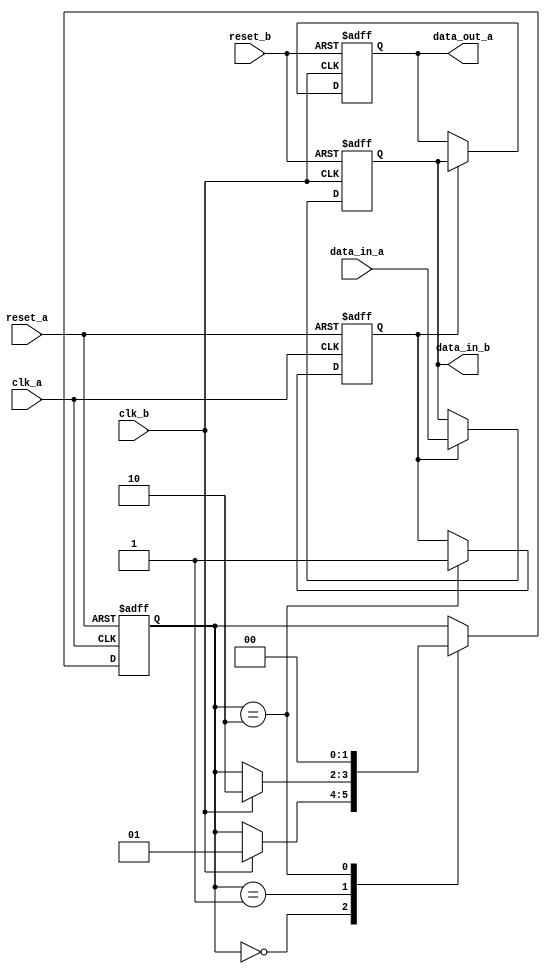
module Synchronizer (
    input wire clk_a,
    input wire reset_a,
    input wire data_in_a,
    output reg data_out_a,
    input wire clk_b,
    input wire reset_b,
    output reg data_in_b
);

reg synchronized;
reg [1:0] state;

always @(posedge clk_a or posedge reset_a) begin
    if (reset_a) begin
        synchronized <= 0;
        state <= 2'b00;
    end else begin
        case (state)
            2'b00: begin // Idle state
                if (clk_b) begin
                    state <= 2'b01;
                end
            end
            2'b01: begin // Validating synchronization
                if (clk_b) begin
                    state <= 2'b10;
                end
            end
            2'b10: begin // Synchronized state
                synchronized <= 1;
                state <= 2'b00;
            end
        endcase
    end
end

always @(posedge clk_b or posedge reset_b) begin
    if (reset_b) begin
        data_out_a <= 0;
    end else begin
        if (synchronized) begin
            data_out_a <= data_in_b;
        end
    end
end

always @(posedge clk_b or posedge reset_b) begin
    if (reset_b) begin
        data_in_b <= 0;
    end else begin
        if (synchronized) begin
            data_in_b <= data_in_a;
        end
    end
end

endmodule